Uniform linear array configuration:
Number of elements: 24
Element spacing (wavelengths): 0.25
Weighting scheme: hamming
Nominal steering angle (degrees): -45
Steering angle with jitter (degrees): -46.843
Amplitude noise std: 0.05
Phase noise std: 0.05

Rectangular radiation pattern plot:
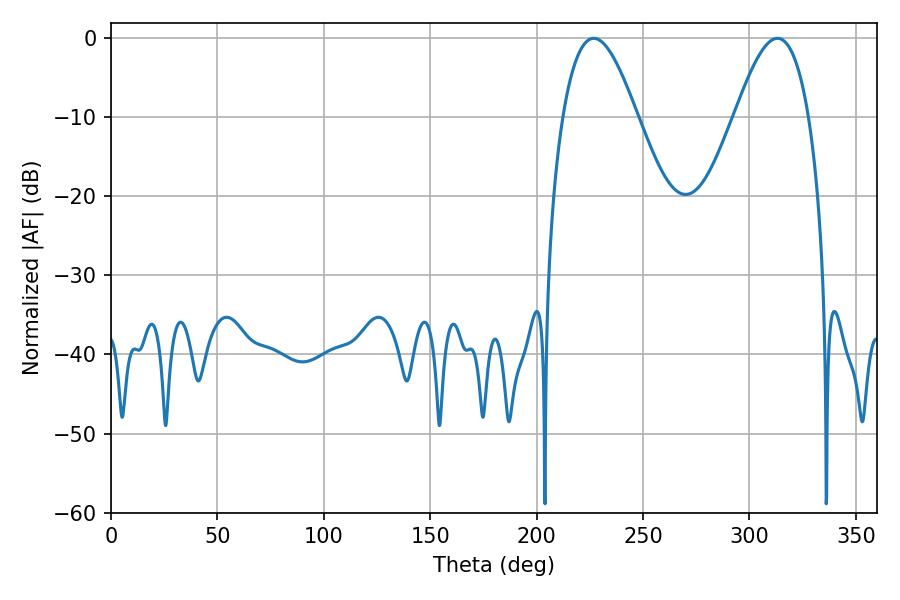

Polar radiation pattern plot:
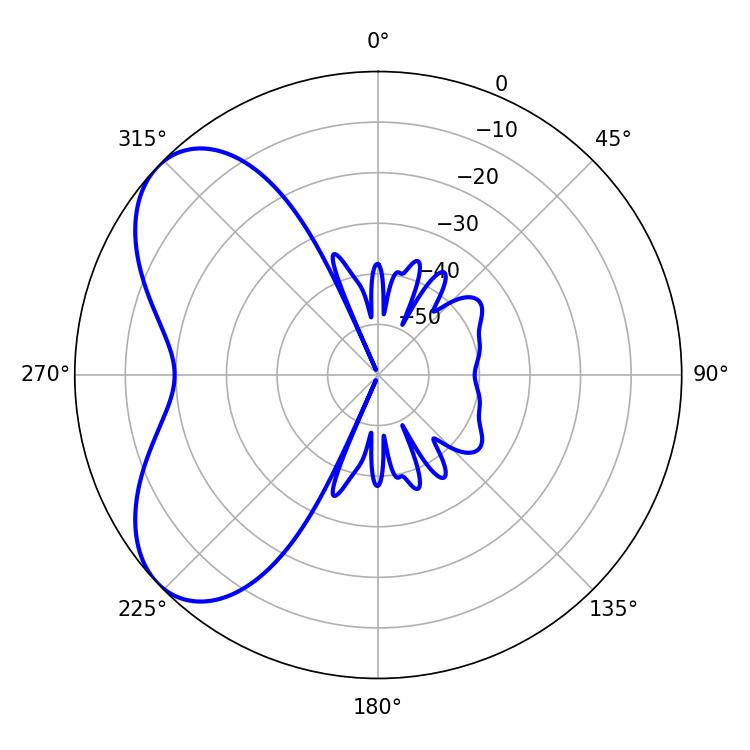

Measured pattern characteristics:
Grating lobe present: FALSE
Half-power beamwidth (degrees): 18.9
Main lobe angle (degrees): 226.8